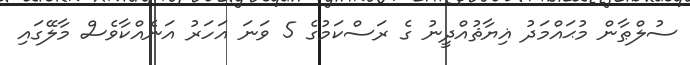
ސުލްޠާން މުޙައްމަދު ޣިޔާޘުއްދީނު ގެ ރަސްކަމުގެ 5 ވަނަ އަހަރު އަނެއްކާވެސް މާލޭގައި